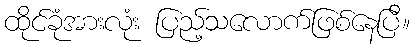
ထိုင်ခုံအားလုံး ပြည့်သလောက်ဖြစ်နေပြီ။